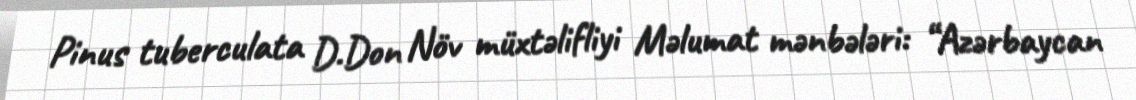
Pinus tuberculata D.Don Növ müxtəlifliyi Məlumat mənbələri: “Azərbaycan